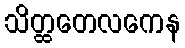
သိတ္ထတေလကေန